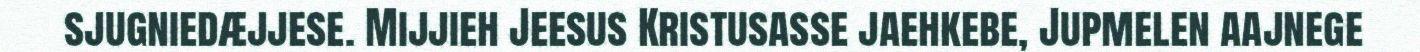
sjugniedæjjese. Mijjieh Jeesus Kristusasse jaehkebe, Jupmelen aajnege